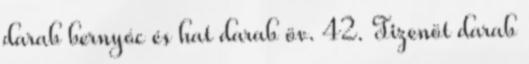
darab bernyóc és hat darab öv. 42. Tizenöt darab